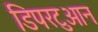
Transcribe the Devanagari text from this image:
डिपरटुआन